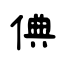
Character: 倎